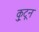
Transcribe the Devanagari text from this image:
कु्टून